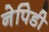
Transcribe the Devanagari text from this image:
नेपिडी